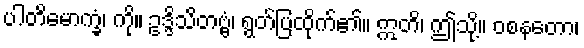
ပါတိမောက္ခံ၊ ကို။ ဥဒ္ဒိသိတဗ္ဗံ၊ ရွတ်ပြထိုက်၏။ ဣတိ၊ ဤသို့။ ဝစနတော၊